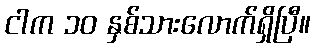
ငါက ၁၀ နှစ်သားလောက်ရှိပြီ။